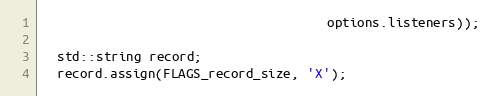
Language: C++
                                      options.listeners));

  std::string record;
  record.assign(FLAGS_record_size, 'X');